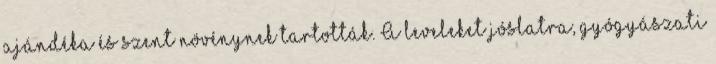
ajándéka és szent növénynek tartották. A leveleket jóslatra, gyógyászati